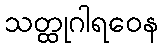
သတ္ထုဂါရဝေန